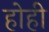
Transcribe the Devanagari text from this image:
होही